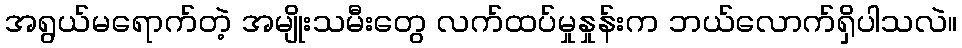
အရွယ်မရောက်တဲ့ အမျိုးသမီးတွေ လက်ထပ်မှုနှုန်းက ဘယ်လောက်ရှိပါသလဲ။